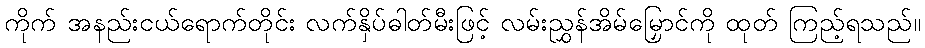
ကိုက် အနည်းငယ်ရောက်တိုင်း လက်နှိပ်ဓါတ်မီးဖြင့် လမ်းညွှန်အိမ်မြှောင်ကို ထုတ် ကြည့်ရသည်။